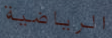
الرياضية